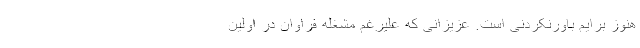
هنوز برایم باورنکردنی است. عزیزانی که علیرغم مشغله فراوان در اولین